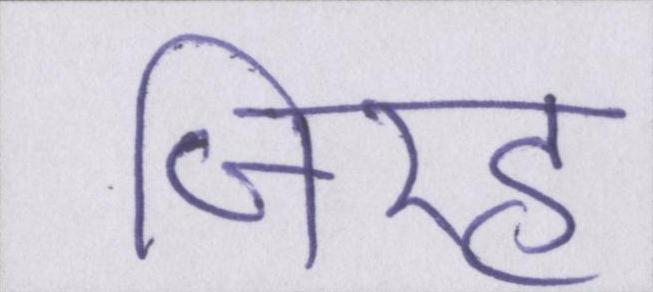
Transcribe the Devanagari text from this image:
जिरह